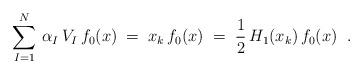
LaTeX: \begin{align*}\sum_{I=1}^N \, \alpha_I \, V_I \, f_0(x) \;=\; x_k \,f_0(x) \;=\; \frac{1}{2} \, H_1(x_k) \, f_0(x) \;\;.\end{align*}